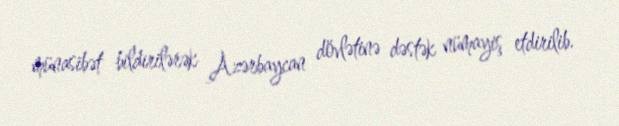
münasibət bildirilərək Azərbaycan dövlətinə dəstək nümayiş etdirilib.